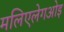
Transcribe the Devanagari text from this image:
मलिएलेगओइ